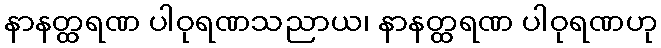
နာနတ္ထရဏ ပါဝုရဏသညာယ၊ နာနတ္ထရဏ ပါဝုရဏဟု